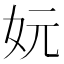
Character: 妧